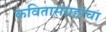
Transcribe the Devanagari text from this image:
कवितासंग्रहांचा